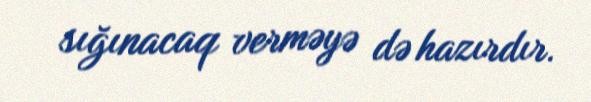
sığınacaq verməyə də hazırdır.